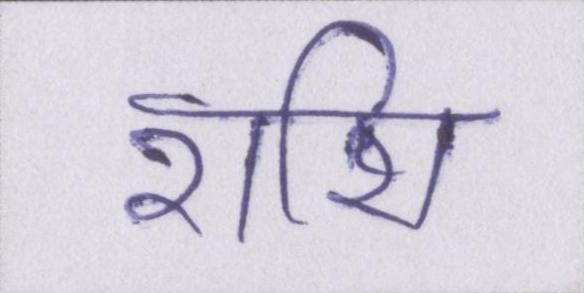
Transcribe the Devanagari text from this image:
राशि